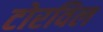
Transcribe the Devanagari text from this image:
टोरविल